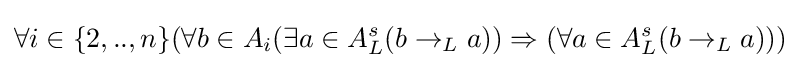
\forall i\in \{2,..,n\}(\forall b\in A_{i}(\exists a\in A_{L}^{s}(b\rightarrow _{L}a))\Rightarrow (\forall a\in A_{L}^{s}(b\rightarrow _{L}a)))